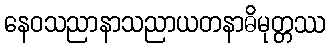
နေဝသညာနာသညာယတနာဓိမုတ္တဿ